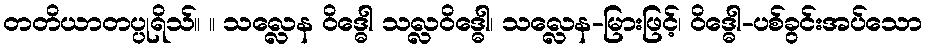
တတိယာတပ္ပုရိသ်။ ။ သလ္လေန ဝိဒ္ဓေါ သလ္လဝိဒ္ဓေါ၊ သလ္လေန-မြားဖြင့်၊ ဝိဒ္ဓေါ-ပစ်ခွင်းအပ်သော